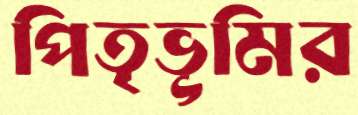
পিতৃভূমির